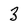
Character: 3